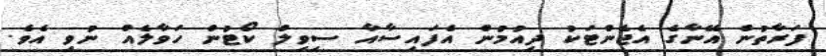
ފަރާތުން އޭނާގެ އެޖެންޓަކު ދިއުމުން އެފައިސާއާ ސިވިލް ކޯޓުން ހަވާލެއް ނުވި އެވެ.